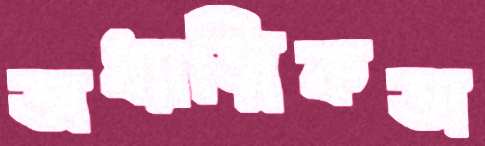
অধ্যাত্মিকতা